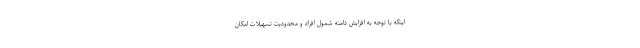
اینکه با توجه به افزایش دامنه شمول افراد و محدودیت تسهیلات امکان